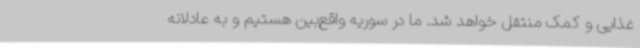
غذایی و کمک منتقل خواهد شد. ما در سوریه واقع‌بین هستیم و به عادلانه